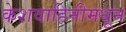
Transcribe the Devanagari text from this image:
केशवाहिनीमधून